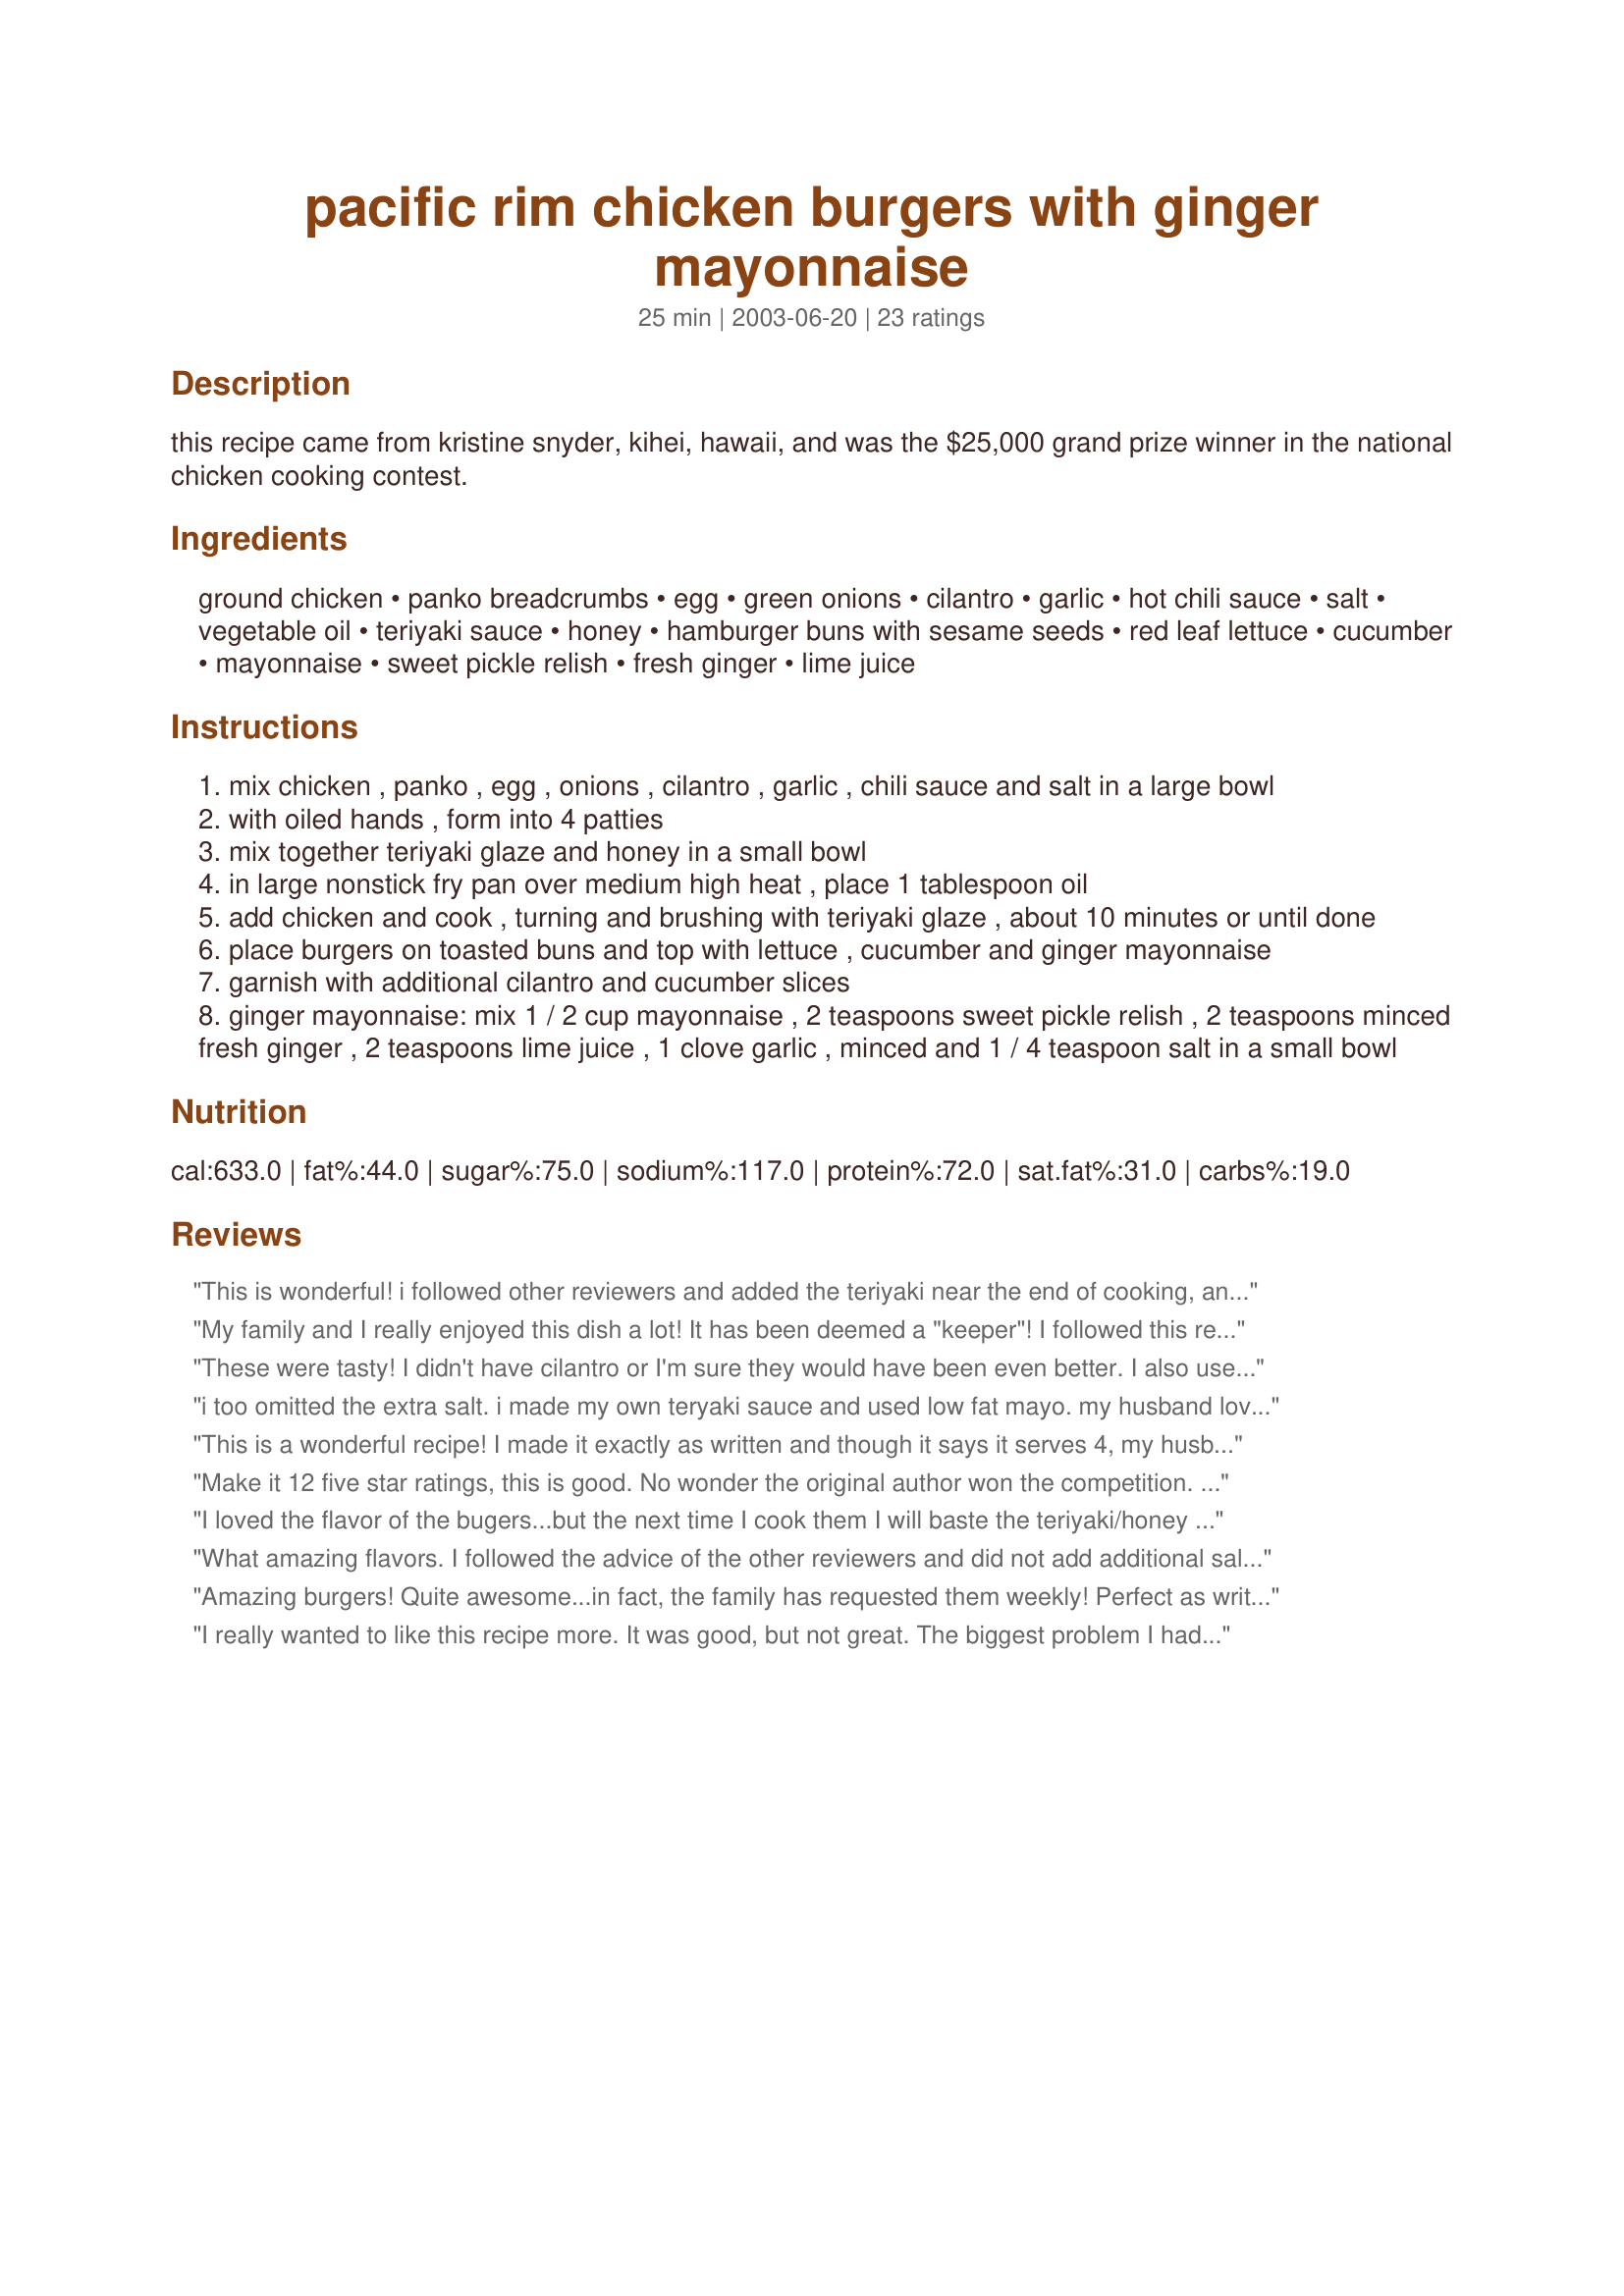
pacific rim chicken burgers with ginger mayonnaise
Preparation time: 25 minutes

this recipe came from kristine snyder, kihei, hawaii, and was the $25,000 grand prize winner in the national chicken cooking contest.

Ingredients:
ground chicken, panko breadcrumbs, egg, green onions, cilantro, garlic, hot chili sauce, salt, vegetable oil, teriyaki sauce, honey, hamburger buns with sesame seeds, red leaf lettuce, cucumber, mayonnaise, sweet pickle relish, fresh ginger, lime juice

Steps:
mix chicken , panko , egg , onions , cilantro , garlic , chili sauce and salt in a large bowl
with oiled hands , form into 4 patties
mix together teriyaki glaze and honey in a small bowl
in large nonstick fry pan over medium high heat , place 1 tablespoon oil
add chicken and cook , turning and brushing with teriyaki glaze , about 10 minutes or until done
place burgers on toasted buns and top with lettuce , cucumber and ginger mayonnaise
garnish with additional cilantro and cucumber slices
ginger mayonnaise: mix 1 / 2 cup mayonnaise , 2 teaspoons sweet pickle relish , 2 teaspoons minced fresh ginger , 2 teaspoons lime juice , 1 clove garlic , minced and 1 / 4 teaspoon salt in a small bowl

Reviews:
This is wonderful! i followed other reviewers and added the teriyaki near the end of cooking, and turned the heat down significantly. The ginger mayo is superb, and the mix of flavors is surprising. Thanks for the amazing recipe!
My family and I really enjoyed this dish a lot! It has been deemed a "keeper"! I followed this recipe almost to the T, with the exception of using 1/4 yellow onion, finely minced instead of the green onion as I didn't have any green onions on hand. We doubled this recipe and I'm so glad that we did since one day later, there's only ONE patty left! Our patties were pretty thick (about 3/4" - 1") so I cooked them in the pan for about 15-20 minutes instead of the 10 minutes mentioned in the recipe. We liked the ginger mayo too but I think next time I will cut back just a bit on the lime juice as it is VERY strong in my opinion. Thanks for the great recipe!
These were tasty! I didn't have cilantro or I'm sure they would have been even better. I also used Turkey instead of chicken. The teriyaki sauce burned a little bit :-( but didn't damage the taste. I used kaiser rolls and I tihnk I like them better than the buns.
i too omitted the extra salt. i made my own teryaki sauce and used low fat mayo. my husband loved it and raved about how juicy they were! this is definitely one to make again!
This is a wonderful recipe! I made it exactly as written and though it says it serves 4, my husband, daughter and I polished off all of it. The only change I'll make next time is to delete the salt in the meat mixture. The teriyaki sauce has enough salt in it to season sufficiently.

Thank you Sharon, my family is already planning on when I'm making this again, this was a real hit with my family.
Make it 12 five star ratings, this is good. No wonder the original author won the competition. I took others adivce and basted with teriyaki/honey at the end as well. Can't wait for leftovers!!! I didn't serve this on a bun, just stright up with the giner mayo--no need for bread.
I loved the flavor of the bugers...but the next time I cook them I will baste the teriyaki/honey at the end...it burned even when I was being careful.
What amazing flavors. I followed the advice of the other reviewers and did not add additional salt. As far as we could tell, they were salty enough with the teriyaki. I also used turkey, and instead of the asian chili sauce used 1/4 tsp asian sesame oil and 1 tsp tabasco chipolte sauce. I cooked them the way I cook every burger - put my cast iron grill pan under the broiler for 10 minutes to heat up, and then throw the burgers on. I was able to glaze and the sauce didn't burn. Quite fantastic. The ginger aoili was top notch as well.
Amazing burgers! Quite awesome...in fact, the family has requested them weekly! Perfect as written!
I really wanted to like this recipe more. It was good, but not great. The biggest problem I had was the teriyaki glaze, being on the thin side, kept running off the burgers every time I basted them and puddled in the pan where it would cook down and burn and give the burgers an 'off' flavour.

Thankyou this was a nice change from regular beef burgers. After reading a few reviews I changed the method of cooking and I am glad I did. I preheated my George Foreman grill for 5 minutes. I then cooked these burgers for 8 minutes in my foreman grill. Once they were done I brushed the burgers with theteryiaki sauce and then broiled slightly on each side. Turned out great. If my pics turned out I will post.........thanks Sharon:)
These are delicious burgers! I didn't change a thing, except for basting with the teriyaki/honey sauce just the last minute or so. I almost didn't prepare the ginger mayo but decided to do so at the last minute. I'm really glad I did as I think it put these over the top. My husband also liked them a lot (and he's generally fond of a plain cheeseburger), but have to admit my 11-year-old son wasn't thrilled. Oh well, more for us. :)
Some Chicken burgers are Blah but not this one - It is bursting with flavor, The Ginger Mayo is the little extra added touch that made this burger special Lovely recipe Thanks Sharon we enjoyed our Saturday night burger.
Kids, husband and I loved these chicken burgers. Made a couple of very minor changes. I left out the salt in the burgers because the teriyaki provided enough salty flavor for us. I also used 2 cloves garlic instead of one. I loved the ginger mayo--very kicky. Thanks for posting this, Sharon.
These were really good. I wouldn't normally call myself a "chicken burger fan", but these were very tasty. The only point of contention I have is with the mayo, we just personally didn't care for it. I omitted the hot sauce in my kids' burgers and they ate them up. Served with light mayo, lettuce and cucumber slices. YUMMO.
Very good - something different. Would definitely make again. Did not have panko so used just regular bread crumbs. Thanks for sharing.
This was GREAT! WOW! My store was out of ground chicken, so I used Extra Lean Ground Turkey. That was the only change I made. These were the best!!! We used our grill, rather than cooking in a pan, and they were wonderful.....thanks for a GREAT recipe! :)
We loved these burgers! I followed recipe exactly but did include some of the teriyaki sauce in the burger mixture before cooking and glazed at the end to prevent burning. The Ginger Mayo is wonderful, too! I had one burger leftover w/o the fixings so heated it for lunch the next day and served it w/ chili sauce for dipping-yummy, too. Can't wait to make again! Thank you for a great recipe!!!
ABSOLUTELY the best chicken burger yet!!!! I doubled recipe and cooked all. Frooze the extras in freezer bags with squares of parchment paper in between to bring to work and microwave for an awesome lunch!!! I cooked on each side then basted with sauce for about 1 min on each side. Oh forgot, I didnt have chili sauce so I added chili powder and as others omitted the salt due to the saltiness of the teryaki, did add some ground pepper for personal preference. Served on lettuce, with awesome sauce, no bun needed here!!! Pineapple on the side goes well with these burgers too. THANK YOU FOR AN A+ RECIPE!!!!
This is a great recipe. I've made it at least six times since bbq season started. I don't do the ginger mayonnaise but serve it with sliced avocado. I also put in 2 T of teriyaki sauce into the burger mixture. Such a great combination. Thanks.<br/><br/>update: March 2011 - I use this great recipe to make meat loaf too. It's fantastic, even when it's not BBQ weather.
Absolutely fantastic! I used all ingredients given in the recipe, however after reading the reviews I did change the prep technique a bit. Sice the teriyaki glaze seemed to burn, I added about a third of it directly into the burger mix to get the flavor. I then browned the patties well and put glaze on them just the last few times and it did start to burn, so I quickly removed them from the flame and popped them into a 350 oven for about 20 minutes after I glazed them again. This worked beautifully. They have more of a salmon patty texture but make one uniquely flavored delicious sandwich. 5 stars all the way.
These are INSANE delicious. It is no wonder the recipe won in a contest. I haven't stopped thinking about making them again since I made them the first time!! I HAD to use turkey, I live in the sticks and couldn't find ground chicken anywhere. I have since drove 2 hours away JUST so I could buy the ground chicken for next time. The recipe was still to-die-for with the turkey though :) And the ginger mayonnaise just puts it over the top. Yummmmo!!!
UPDATE: I made it again with chicken and decided that I actually like it better with the turkey :)
We had these over the weekend. The flavors are wonderful. An easy recipe but with great flavor. I served these with homemade buns and they are great!
